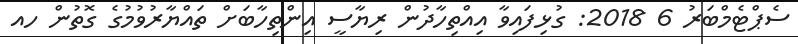
ސެޕްޓެމްބަރު 6 2018: ގުޅިފައިވާ އިއްތިހާދުން ރިޔާސީ އިންތިހާބަށް ތައްޔާރުވުމުގެ ގޮތުން ހއ